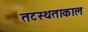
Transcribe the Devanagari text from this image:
तटस्थताकाल